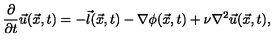
{ \frac { \partial } { \partial t } } \vec { u } ( \vec { x } , t ) = - \vec { l } ( \vec { x } , t ) - \nabla \phi ( \vec { x } , t ) + \nu \nabla ^ { 2 } \vec { u } ( \vec { x } , t ) ,